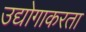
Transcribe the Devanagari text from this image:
उद्योगाकरता